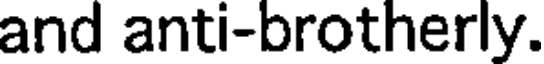
and anti-brotherly.